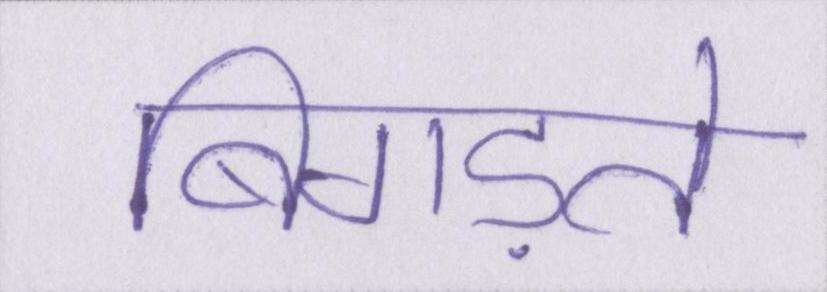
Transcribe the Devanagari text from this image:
बिगड़ते